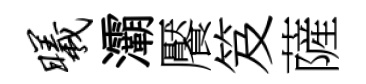
曦灞饜笈薩